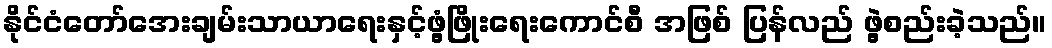
နိုင်ငံတော်အေးချမ်းသာယာရေးနှင့်ဖွံ့ဖြိုးရေးကောင်စီ အဖြစ် ပြန်လည် ဖွဲ့စည်းခဲ့သည်။